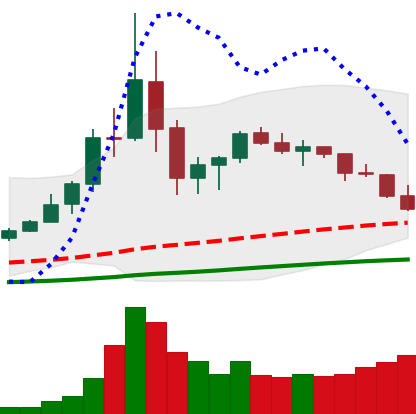
Ticker: TRX-USD
Chart end date: 2020-09-16
Forward return: -5.643%
Label: down_5_7